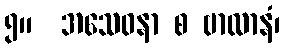
၅။  အသေဝနာ စ ဗာလာနံ၊